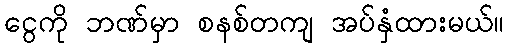
ငွေကို ဘဏ်မှာ စနစ်တကျ အပ်နှံထားမယ်။